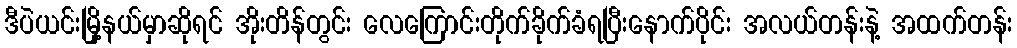
ဒီပဲယင်းမြို့နယ်မှာဆိုရင် အိုးတိန်တွင်း လေကြောင်းတိုက်ခိုက်ခံရပြီးနောက်ပိုင်း အလယ်တန်းနဲ့ အထက်တန်း